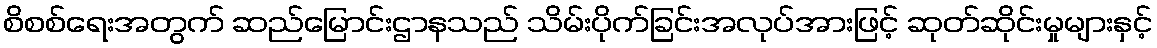
စိစစ်ရေးအတွက် ဆည်မြောင်းဌာနသည် သိမ်းပိုက်ခြင်းအလုပ်အားဖြင့် ဆုတ်ဆိုင်းမှုများနှင့်